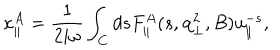
\kappa _ { \parallel } ^ { A } = { \frac { 1 } { 2 i \omega } } \int _ { C } d s F _ { \parallel } ^ { A } ( s , { \bf q } _ { \bot } ^ { 2 } , B ) u _ { \parallel } ^ { - s } ,